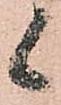
候